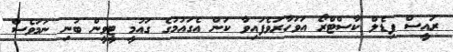
ރައީސް ފިޑެލް ކާސްޓްރޯ އަވަހާރަވެފައިވާ ކަން އެގައުމުގެ ގައުމީ ޓީވީން ބުނި ނަމަވެސް